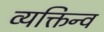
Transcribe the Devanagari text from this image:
व्यक्तिन्व